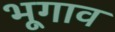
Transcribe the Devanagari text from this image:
भूगाव